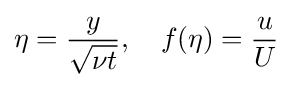
\eta ={\frac {y}{\sqrt {\nu t}}},\quad f(\eta )={\frac {u}{U}}